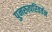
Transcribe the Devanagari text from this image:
पुनरुत्परिवर्तन